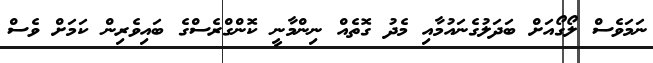
ނަމަވެސް ލޯގޯއަށް ބަދަލުގެނައުމާއި މެދު ގޮތެއް ނިންމާނީ ކޮންގްރެސްގެ ބައިވެރިން ކަމަށް ވެސް